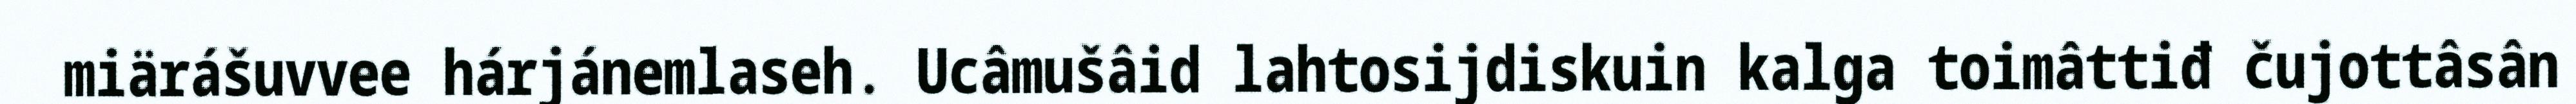
miärášuvvee hárjánemlaseh. Ucâmušâid lahtosijdiskuin kalga toimâttiđ čujottâsân